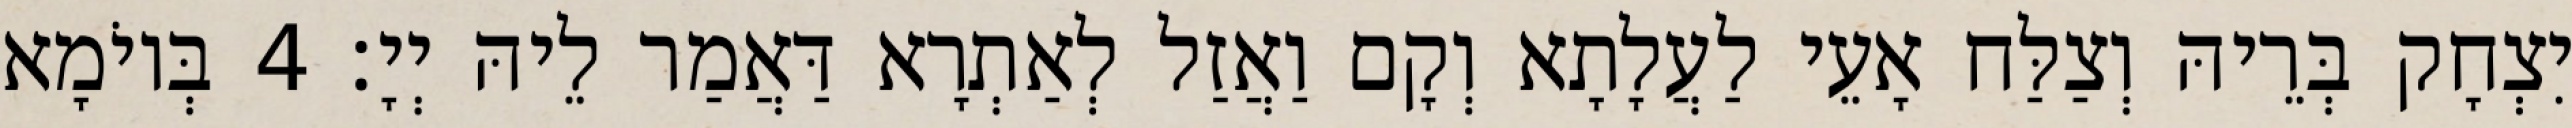
יִצְחָק בְּרֵיהּ וְצַלַּח אָעֵי לַעֲלָתָא וְקָם וַאֲזַל לְאַתְרָא דַּאֲמַר לֵיהּ יְיָ׃ 4 בְּיוֹמָא